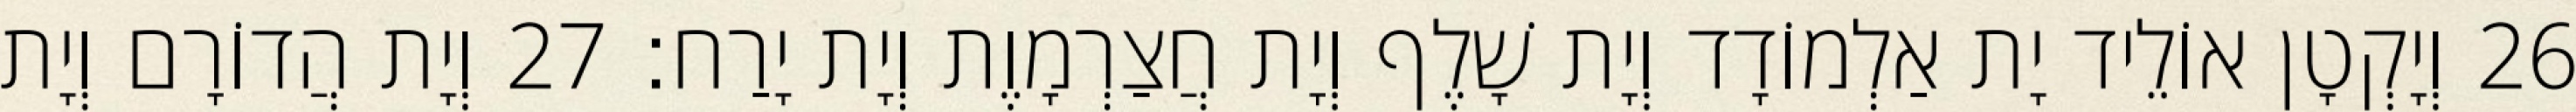
26 וְיָקְטָן אוֹלֵיד יָת אַלְמוֹדָד וְיָת שָׁלֶף וְיָת חֲצַרְמָוֶת וְיָת יָרַח׃ 27 וְיָת הֲדוֹרָם וְיָת